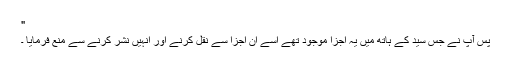
"
پس آپ نے جس سید کے ہاتھ میں یہ اجزا موجود تھے اسے ان اجزا سے نقل کرنے اور انہیں نشر کرنے سے منع فرمایا ۔